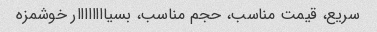
سریع، قیمت مناسب، حجم مناسب، بسیاااااااار خوشمزه